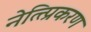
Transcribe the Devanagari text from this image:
नेत्त्प्रिकरण